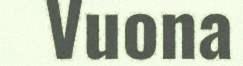
Vuona